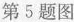
第5题图